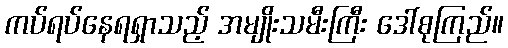
ကပ်ရပ်နေရရှာသည့် အမျိုးသမီးကြီး ဒေါ်စုကြည်။